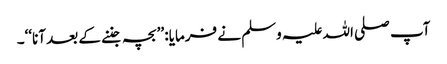
آپ صلی اللہ علیہ وسلم نے فرمایا: ’’بچہ جننے کے بعد آنا‘‘۔